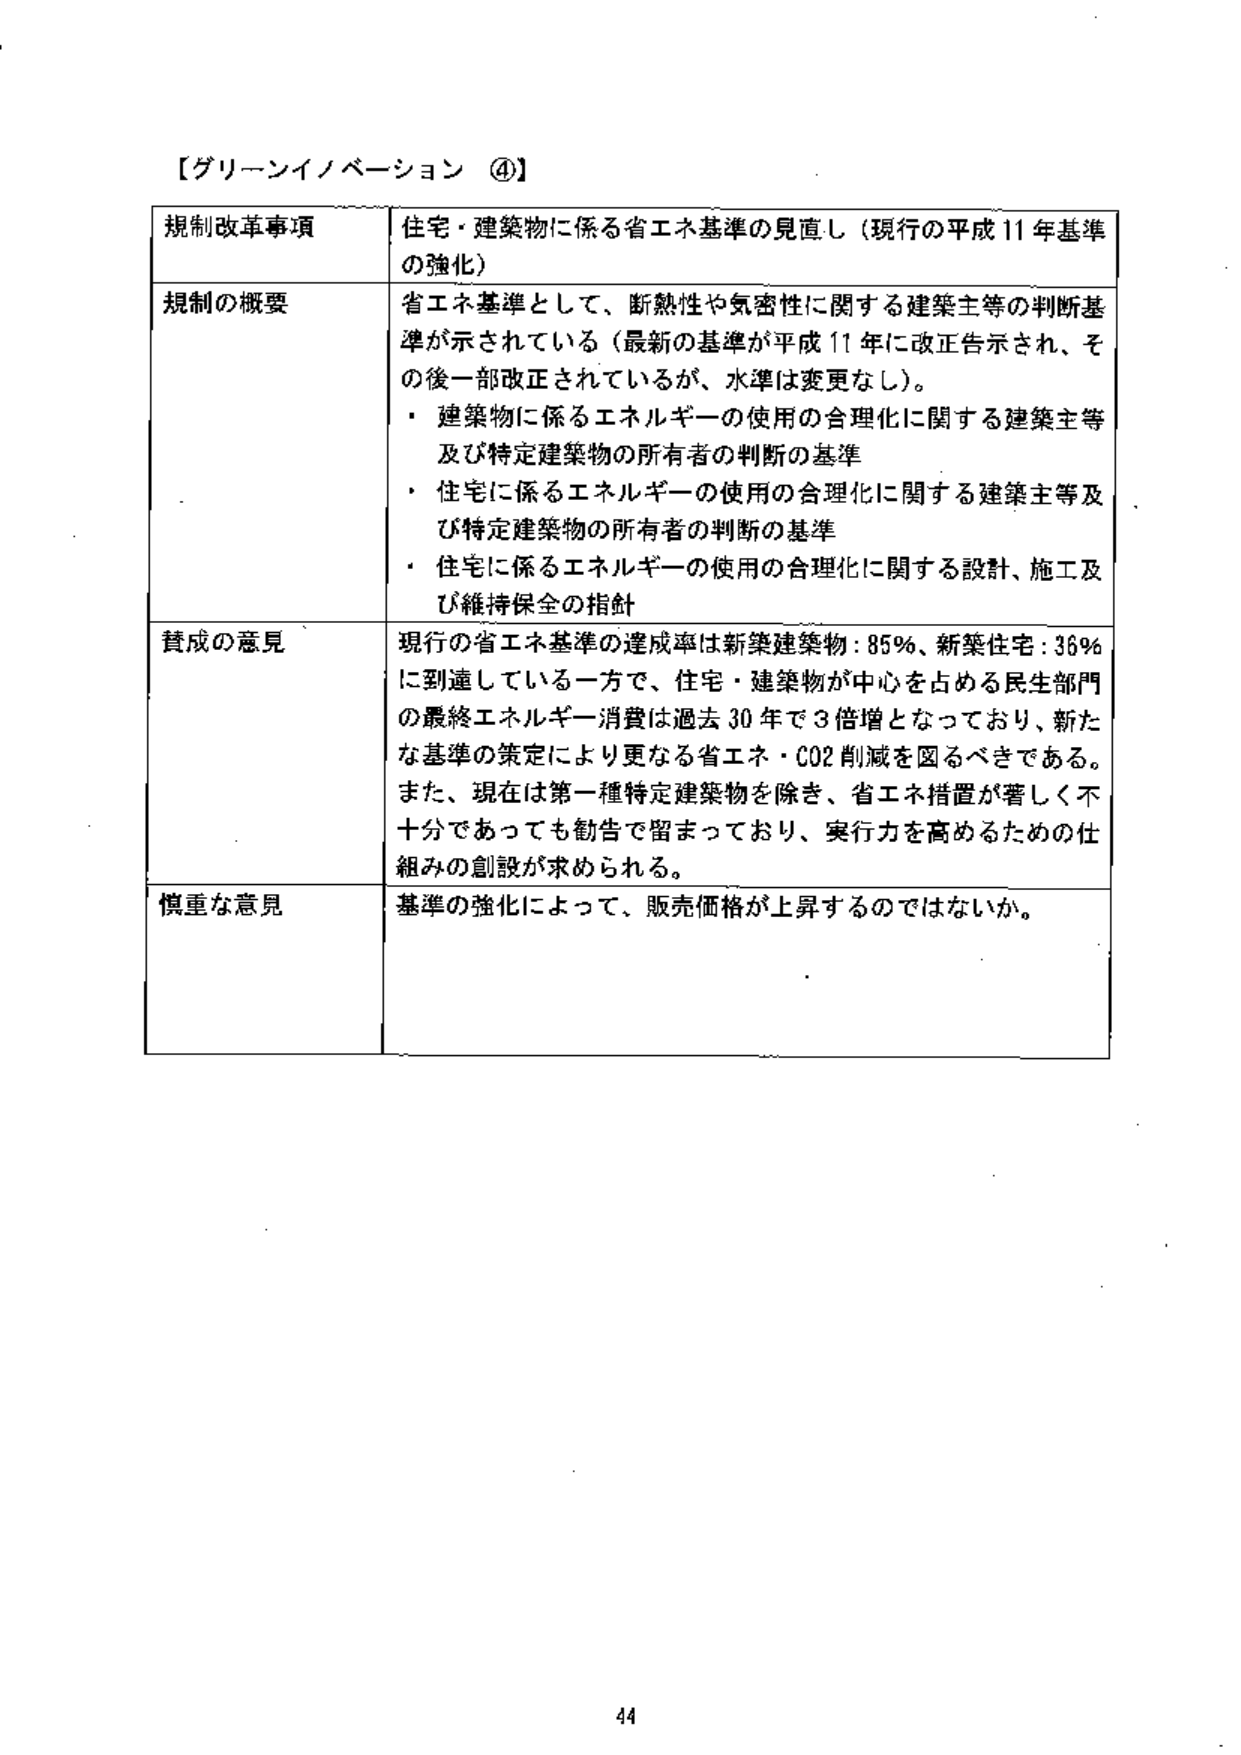
【グリーンイノベーション ④】

規制改革事項　住宅・建築物に係る省エネ基準の見直し（現行の平成11年基準の強化）

規制の概要　省エネ基準として、断熱性や気密性に関する建築主等の判断基準が示されている（最新の基準が平成11年に改正告示され、その後一部改正されているが、水準は変更なし）。
・建築物に係るエネルギーの使用の合理化に関する建築主等及び特定建築物の所有者の判断の基準
・住宅に係るエネルギーの使用の合理化に関する建築主等及び特定建築物の所有者の判断の基準
・住宅に係るエネルギーの使用の合理化に関する設計、施工及び維持保全の指針

賛成の意見　現行の省エネ基準の達成率は新築建築物：85％、新築住宅：36％に到達している一方で、住宅・建築物が中心を占める民生部門の最終エネルギー消費は過去30年で3倍増となっており、新たな基準の策定により更なる省エネ・CO2削減を図るべきである。また、現在は第一種特定建築物を除き、省エネ措置が著しく不十分であっても勧告で留まっており、実行力を高めるための仕組みの創設が求められる。

慎重な意見　基準の強化によって、販売価格が上昇するのではないか。

44